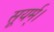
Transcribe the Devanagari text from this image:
सूयर्म्।